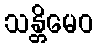
သန္တိမေဝ